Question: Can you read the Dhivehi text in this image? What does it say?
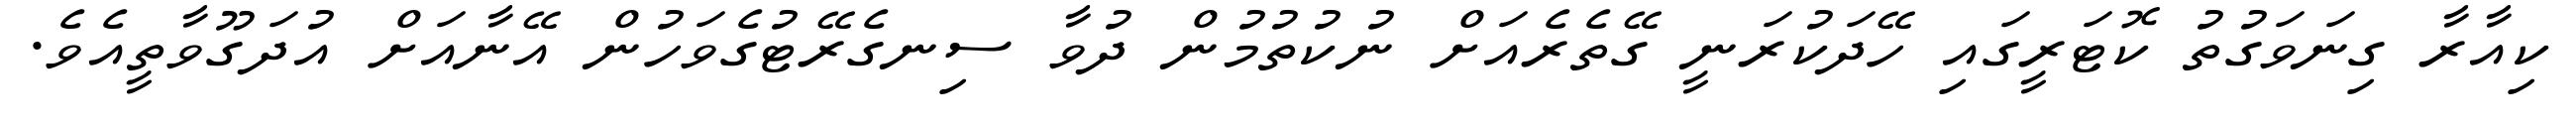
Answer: ކިއާރާ ގިނަވަގުތު ކޮޓަރީގައި ހޭދަކުރަނީ ގޭތެރެއަށް ނުކުތުމުން ދުވާ ސިނގެރޭޓުގެވަހުން އޭނާއަށް އުދަގޫވާތީއެވެ.